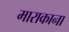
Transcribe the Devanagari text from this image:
माराकाना